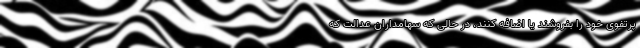
پرتفوی خود را بفروشند یا اضافه کنند، در حالی که سهامداران عدالت که